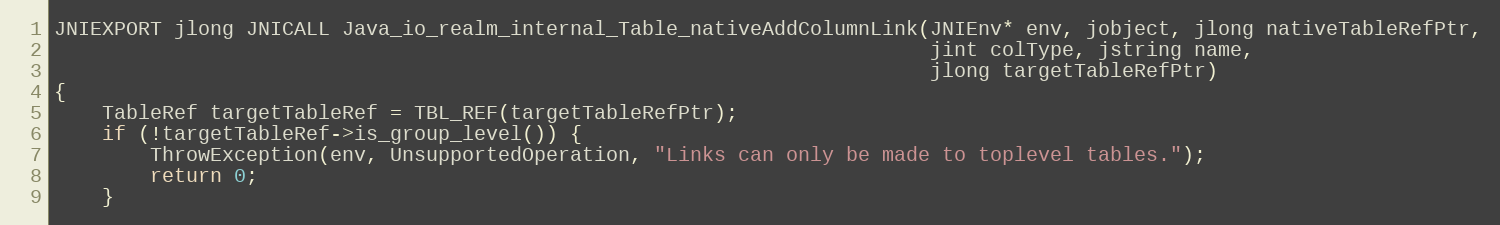
Language: C++
JNIEXPORT jlong JNICALL Java_io_realm_internal_Table_nativeAddColumnLink(JNIEnv* env, jobject, jlong nativeTableRefPtr,
                                                                         jint colType, jstring name,
                                                                         jlong targetTableRefPtr)
{
    TableRef targetTableRef = TBL_REF(targetTableRefPtr);
    if (!targetTableRef->is_group_level()) {
        ThrowException(env, UnsupportedOperation, "Links can only be made to toplevel tables.");
        return 0;
    }